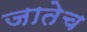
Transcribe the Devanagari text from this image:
जातेच